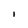
Character: I